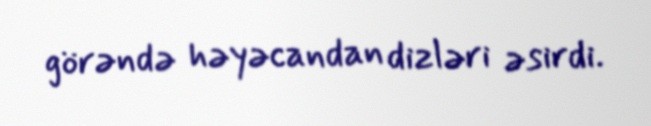
görəndə həyəcandan dizləri əsirdi.